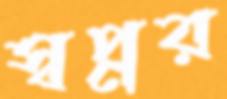
স্বপ্নর